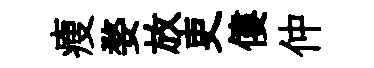
瘦婺放吏僂仲